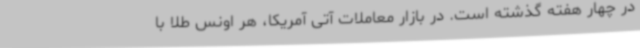
در چهار هفته گذشته است. در بازار معاملات آتی آمریکا، هر اونس طلا با